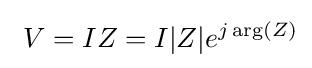
\ V=IZ=I|Z|e^{j\arg(Z)}